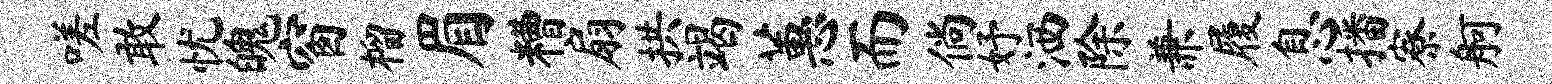
嗟敢忧魄窗榴眉糟扇拱竭蕙而倘妤洒除兼履息播寮舸